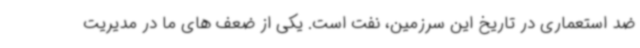
ضد استعماری در تاریخ این سرزمین، نفت است. یکی از ضعف ‌های ما در مدیریت